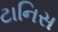
ટાનિસ